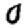
Digit: 0